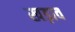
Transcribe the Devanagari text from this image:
खड़ाव